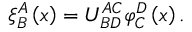
\xi _ { B } ^ { A } \left( x \right) = U _ { B D } ^ { A C } \varphi _ { C } ^ { D } \left( x \right) .